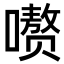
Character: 𪢕